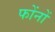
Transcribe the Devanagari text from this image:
फोंनों